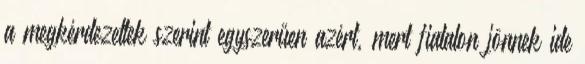
a megkérdezettek szerint egyszerűen azért, mert fiatalon jönnek ide